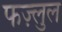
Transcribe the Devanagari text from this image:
फज़्लुल